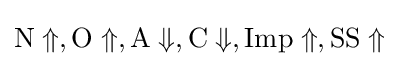
{\rm {N}}\Uparrow ,{\rm {O}}\Uparrow ,{\rm {A}}\Downarrow ,{\rm {C}}\Downarrow ,{\rm {Imp}}\Uparrow ,{\rm {SS}}\Uparrow